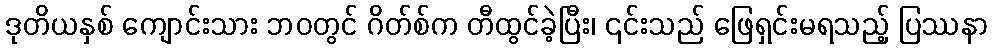
ဒုတိယနှစ် ကျောင်းသား ဘဝတွင် ဂိတ်စ်က တီထွင်ခဲ့ပြီး၊ ၎င်းသည် ဖြေရှင်းမရသည့် ပြဿနာ